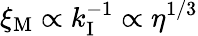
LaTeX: \xi_{\mathrm{M}}\propto k_{\mathrm{I}}^{-1}\propto\eta^{1/3}